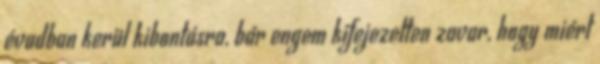
évadban kerül kibontásra, bár engem kifejezetten zavar, hogy miért